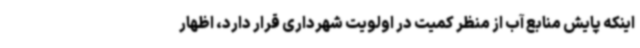
اینکه پایش منابع آب از منظر کمیت در اولویت شهرداری قرار دارد، اظهار